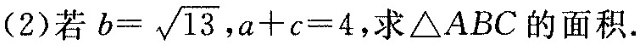
(2)若$$b= \sqrt{13}$$,$$a+c=4$$，求\triangle ABC的面积.